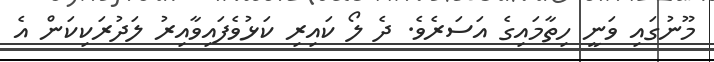
މޫނުގައި ވަނީ ހިތާމައިގެ އަސަރެވެ. ދެ ލޯ ކައިރި ކަޅުވެފައިވާއިރު ލަދުރަކިކަން އެ